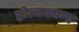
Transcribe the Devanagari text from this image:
होल्टकाम्प